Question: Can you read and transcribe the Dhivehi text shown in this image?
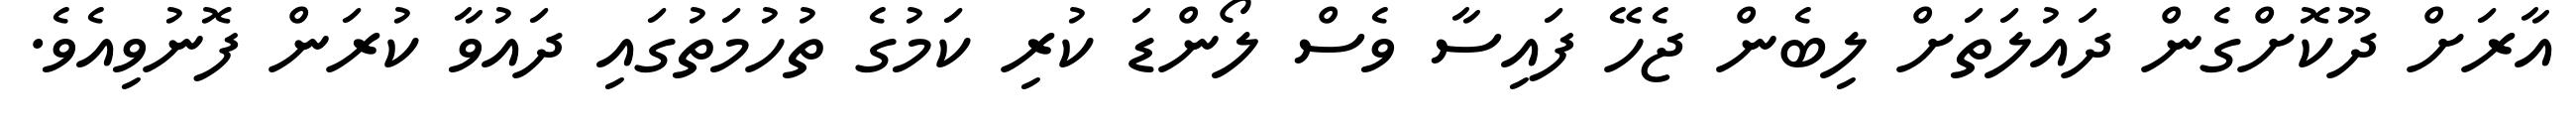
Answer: އާރަށް ދޫކޮށްގެން ދައުލަތަށް ލިބެން ޖެހޭ ފައިސާ ވެސް ލޯންޑަ ކުރި ކަމުގެ ތުހުމަތުގައި ދައުވާ ކުރަން ފޮނުވިއެވެ.